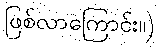
ဖြစ်လာကြောင်း။)